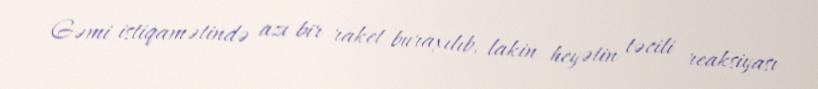
Gəmi istiqamətində azı bir raket buraxılıb, lakin heyətin təcili reaksiyası